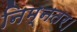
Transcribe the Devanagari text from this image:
निम्नतर।